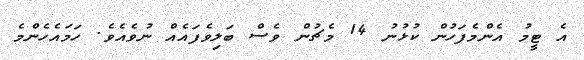
އެ ޓީމު އެންމެފަހުން ކުޅުނު 14 މެޗުން ވެސް ބަލިވެފައެއް ނުވެއެވެ. ހަމައެހެންމެ